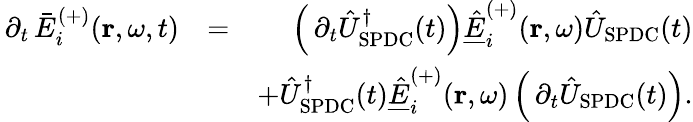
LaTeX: \begin{array}{rlr}{\, \partial_{t}\, \bar{E}_{i}^{(+)}(\mathbf{r},\omega,t)}&{=}&{\left(\, \partial_{t}\hat{U}_{\mathrm{SPDC}}^{\dagger}(t)\right)\underline{{\hat{E}}}_{i}^{(+)}(\mathbf{r},\omega)\hat{U}_{\mathrm{SPDC}}(t)}\\ &{}&{+\hat{U}_{\mathrm{SPDC}}^{\dagger}(t)\underline{{\hat{E}}}_{i}^{(+)}(\mathbf{r},\omega)\left(\, \partial_{t}\hat{U}_{\mathrm{SPDC}}(t)\right).}\end{array}